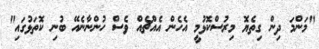
"މަންމަ ދިން ގިތެޔޮ މިރުސްކޮޅުމީ އެހެން އެއްޗެއް ވެސް ހުންނާނެއޭ ބުނި ކޮތަޅުގައި"